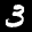
Label: 3